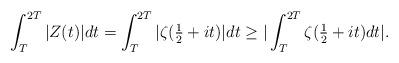
LaTeX: \begin{align*}\int_{T}^{2T}\vert Z(t) \vert dt = \int_{T}^{2T}\vert \zeta(\tfrac{1}{2}+it) \vert dt \geq \vert \int_{T}^{2T}\zeta(\tfrac{1}{2}+it) dt \vert. \end{align*}